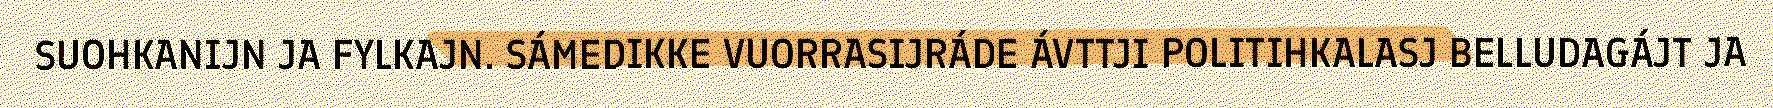
SUOHKANIJN JA FYLKAJN. SÁMEDIKKE VUORRASIJRÁDE ÁVTTJI POLITIHKALASJ BELLUDAGÁJT JA